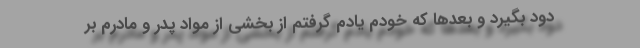
دود بگیرد و بعدها که خودم یادم گرفتم از بخشی از مواد پدر و مادرم بر